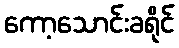
ကော့သောင်းခရိုင်